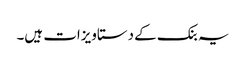
یہ بنک کے دستاویزات ہیں۔